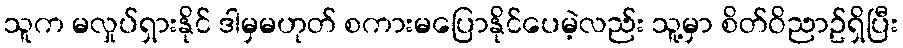
သူက မလှုပ်ရှားနိုင် ဒါမှမဟုတ် စကားမပြောနိုင်ပေမဲ့လည်း သူ့မှာ စိတ်ဝိညာဥ်ရှိပြီး